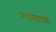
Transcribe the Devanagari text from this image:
गामाचा